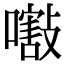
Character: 𡁁